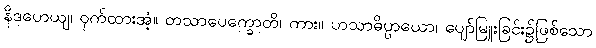
နိဒဟေယျ၊ ဝှက်ထားအံ့။ တသာပေက္ခောတိ၊ ကား။ ဟသာဓိပ္ပာယော၊ ပျော်မြူးခြင်း၌ဖြစ်သော